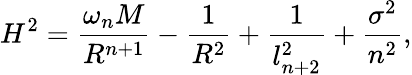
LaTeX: H^{2}=\frac{\omega_{n}M}{R^{n+1}}-\frac{1}{R^{2}}+\frac{1}{l_{n+2}^{2}}+\frac{\sigma^{2}}{n^{2}},